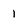
Character: 1